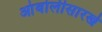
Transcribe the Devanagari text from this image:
आंबोलीसारखे